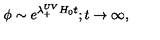
\phi \sim e ^ { \lambda _ { + } ^ { U V } H _ { 0 } t } ; t \to \infty ,